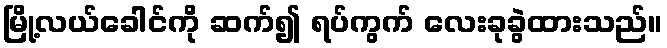
မြို့လယ်ခေါင်ကို ဆက်၍ ရပ်ကွက် လေးခုခွဲထားသည်။